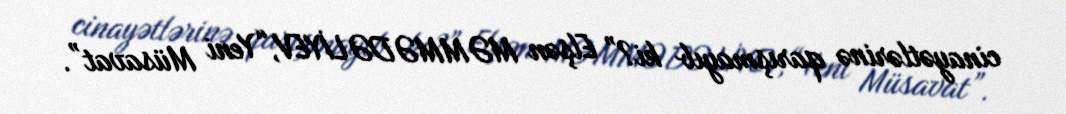
cinayətlərinə qarışmayıb ki?” Elşən MƏMMƏDƏLİYEV,“Yeni Müsavat”.